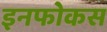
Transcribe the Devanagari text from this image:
इनफोकस